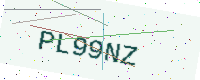
Text: PL99NZ